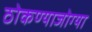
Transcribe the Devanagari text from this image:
ठोकण्याजोग्या